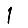
Digit: 1